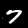
Label: 7